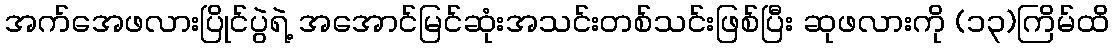
အက်အေဖလားပြိုင်ပွဲရဲ့ အအောင်မြင်ဆုံးအသင်းတစ်သင်းဖြစ်ပြီး ဆုဖလားကို (၁၃)ကြိမ်ထိ